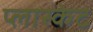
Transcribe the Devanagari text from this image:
प्लास्केट